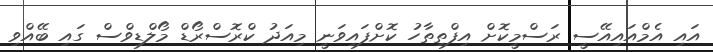
އައި އެމްއައިއޭސީ ރަސްމީކޮށް އިފްތިތާހު ކޮށްފައިވަނީ މިއަދު ކްރޮސްރޯޑް މޯލްޑިވްސް ގައި ބޭއްވި